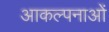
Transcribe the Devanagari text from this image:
आकल्पनाओं